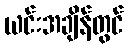
ယင်းအချိန်တွင်